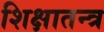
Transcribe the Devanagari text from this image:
शिक्षातन्त्र